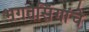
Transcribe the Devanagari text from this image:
भगतसिंगांचे